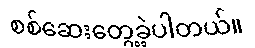
စစ်ဆေးတွေ့ခဲ့ပါတယ်။